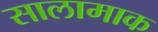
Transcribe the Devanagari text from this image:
सालामाक